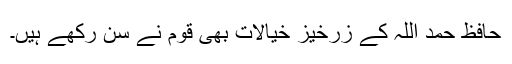
حافظ حمد اللہ کے زرخیز خیالات بھی قوم نے سُن رکھے ہیں۔